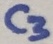
Text: C3